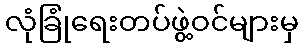
လုံခြုံရေးတပ်ဖွဲ့ဝင်များမှ